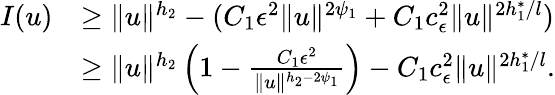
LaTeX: \begin{array}{rl}{I(u)}&{\geq\| u\| ^{h_{2}}-(C_{1}{\epsilon}^{2}\| u\| ^{2\psi_{1}}+C_{1}c_{\epsilon}^{2}\| u\| ^{2h_{1}^{*}/l})}\\ &{\geq\| u\| ^{h_{2}}\left(1-\frac{C_{1}{\epsilon}^{2}}{\| u\| ^{h_{2}-2\psi_{1}}}\right)-C_{1}c_{\epsilon}^{2}\| u\| ^{2h_{1}^{*}/l}.}\end{array}